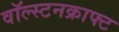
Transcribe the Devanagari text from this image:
वॉल्स्टनक्राफ्ट